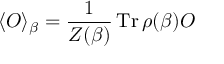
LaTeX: \langle { \cal O } \rangle _ { \beta } = { \frac { 1 } { Z ( \beta ) } } \, \mathrm { T r } \, \rho ( \beta ) { \cal O }